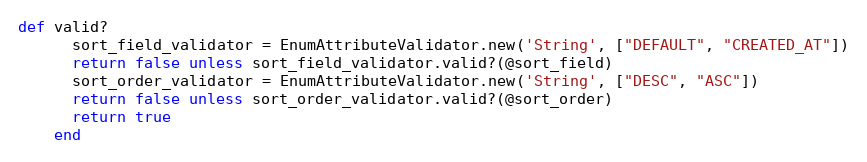
Language: Ruby
def valid?
      sort_field_validator = EnumAttributeValidator.new('String', ["DEFAULT", "CREATED_AT"])
      return false unless sort_field_validator.valid?(@sort_field)
      sort_order_validator = EnumAttributeValidator.new('String', ["DESC", "ASC"])
      return false unless sort_order_validator.valid?(@sort_order)
      return true
    end